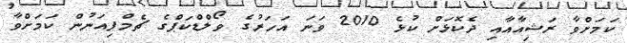
ކަމަށްވާ ރަޝިއާއާއި ދެކޮޅަށް ކުޅެ 2010 ވަނަ އަހަރުގެ ވޯލްޑްކަޕްގެ ޗެމްޕިއަނުން ކަމަށްވާ